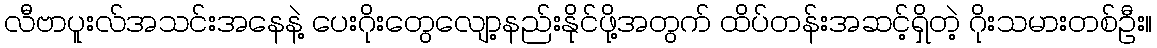
လီဗာပူးလ်အသင်းအနေနဲ့ ပေးဂိုးတွေလျော့နည်းနိုင်ဖို့အတွက် ထိပ်တန်းအဆင့်ရှိတဲ့ ဂိုးသမားတစ်ဦး။